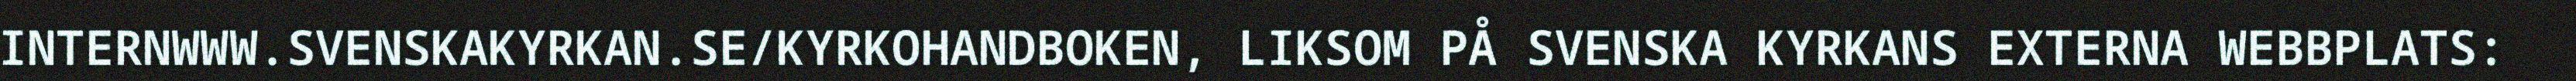
INTERNWWW.SVENSKAKYRKAN.SE/KYRKOHANDBOKEN, LIKSOM PÅ SVENSKA KYRKANS EXTERNA WEBBPLATS: